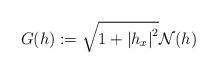
LaTeX: \begin{align*}G(h) := \sqrt{1+{|h_x|}^2} \mathcal{N}(h)\end{align*}